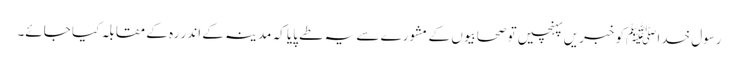
رسول خدا ﷺکو خبریں پہنچیں تو صحابیوں کے مشورے سے یہ طے پایا کہ مدینہ کے اندر رہ کے مقابلہ کیا جائے۔